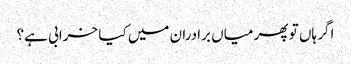
اگر ہاں تو پھر میاں برادران میں کیا خرابی ہے؟